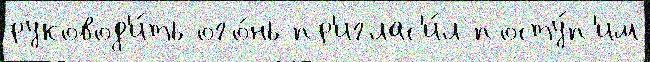
руковод'и́ть ого́нь пр'иглас'и́л посту́п'им